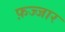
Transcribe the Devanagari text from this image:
फ़ज्जार